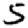
Digit: 5